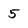
Character: 5